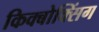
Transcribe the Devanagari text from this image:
किक्बोक्सिंग